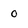
Character: 0